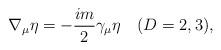
LaTeX: \begin{align*}\nabla_{\mu}\eta = -\frac{im}{2}\gamma_{\mu}\eta \quad (D=2, 3), \end{align*}